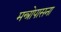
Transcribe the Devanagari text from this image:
मन्त्रोपासना